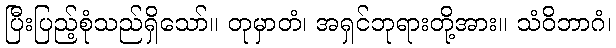
ပြီးပြည့်စုံသည်ရှိသော်။ တုမှာတံ၊ အရှင်ဘုရားတို့အား။ သံဝိဘာဂံ၊